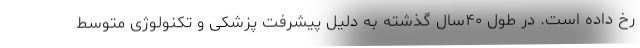
رخ داده است. در طول ۴۰سال گذشته به‌ دلیل پیشرفت پزشکی و تکنولوژی متوسط